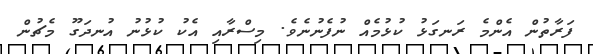
ފަރާތުން އެންމެ ރަނގަޅު ކުޅުމެއް ނުފެނުނެވެ. މިސްރާއި އެކު ކުޅުނު އުނދަގޫ މެޗުން